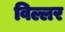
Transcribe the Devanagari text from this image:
विल्लर